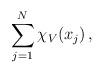
LaTeX: \begin{align*}\sum_{j=1}^N\chi_V(x_j)\,,\end{align*}